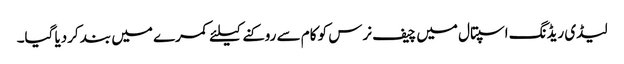
لیڈی ریڈنگ اسپتال میں چیف نرس کو کام سے روکنے کیلئے کمرے میں بند کردیا گیا۔